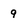
Character: 9